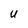
Character: U